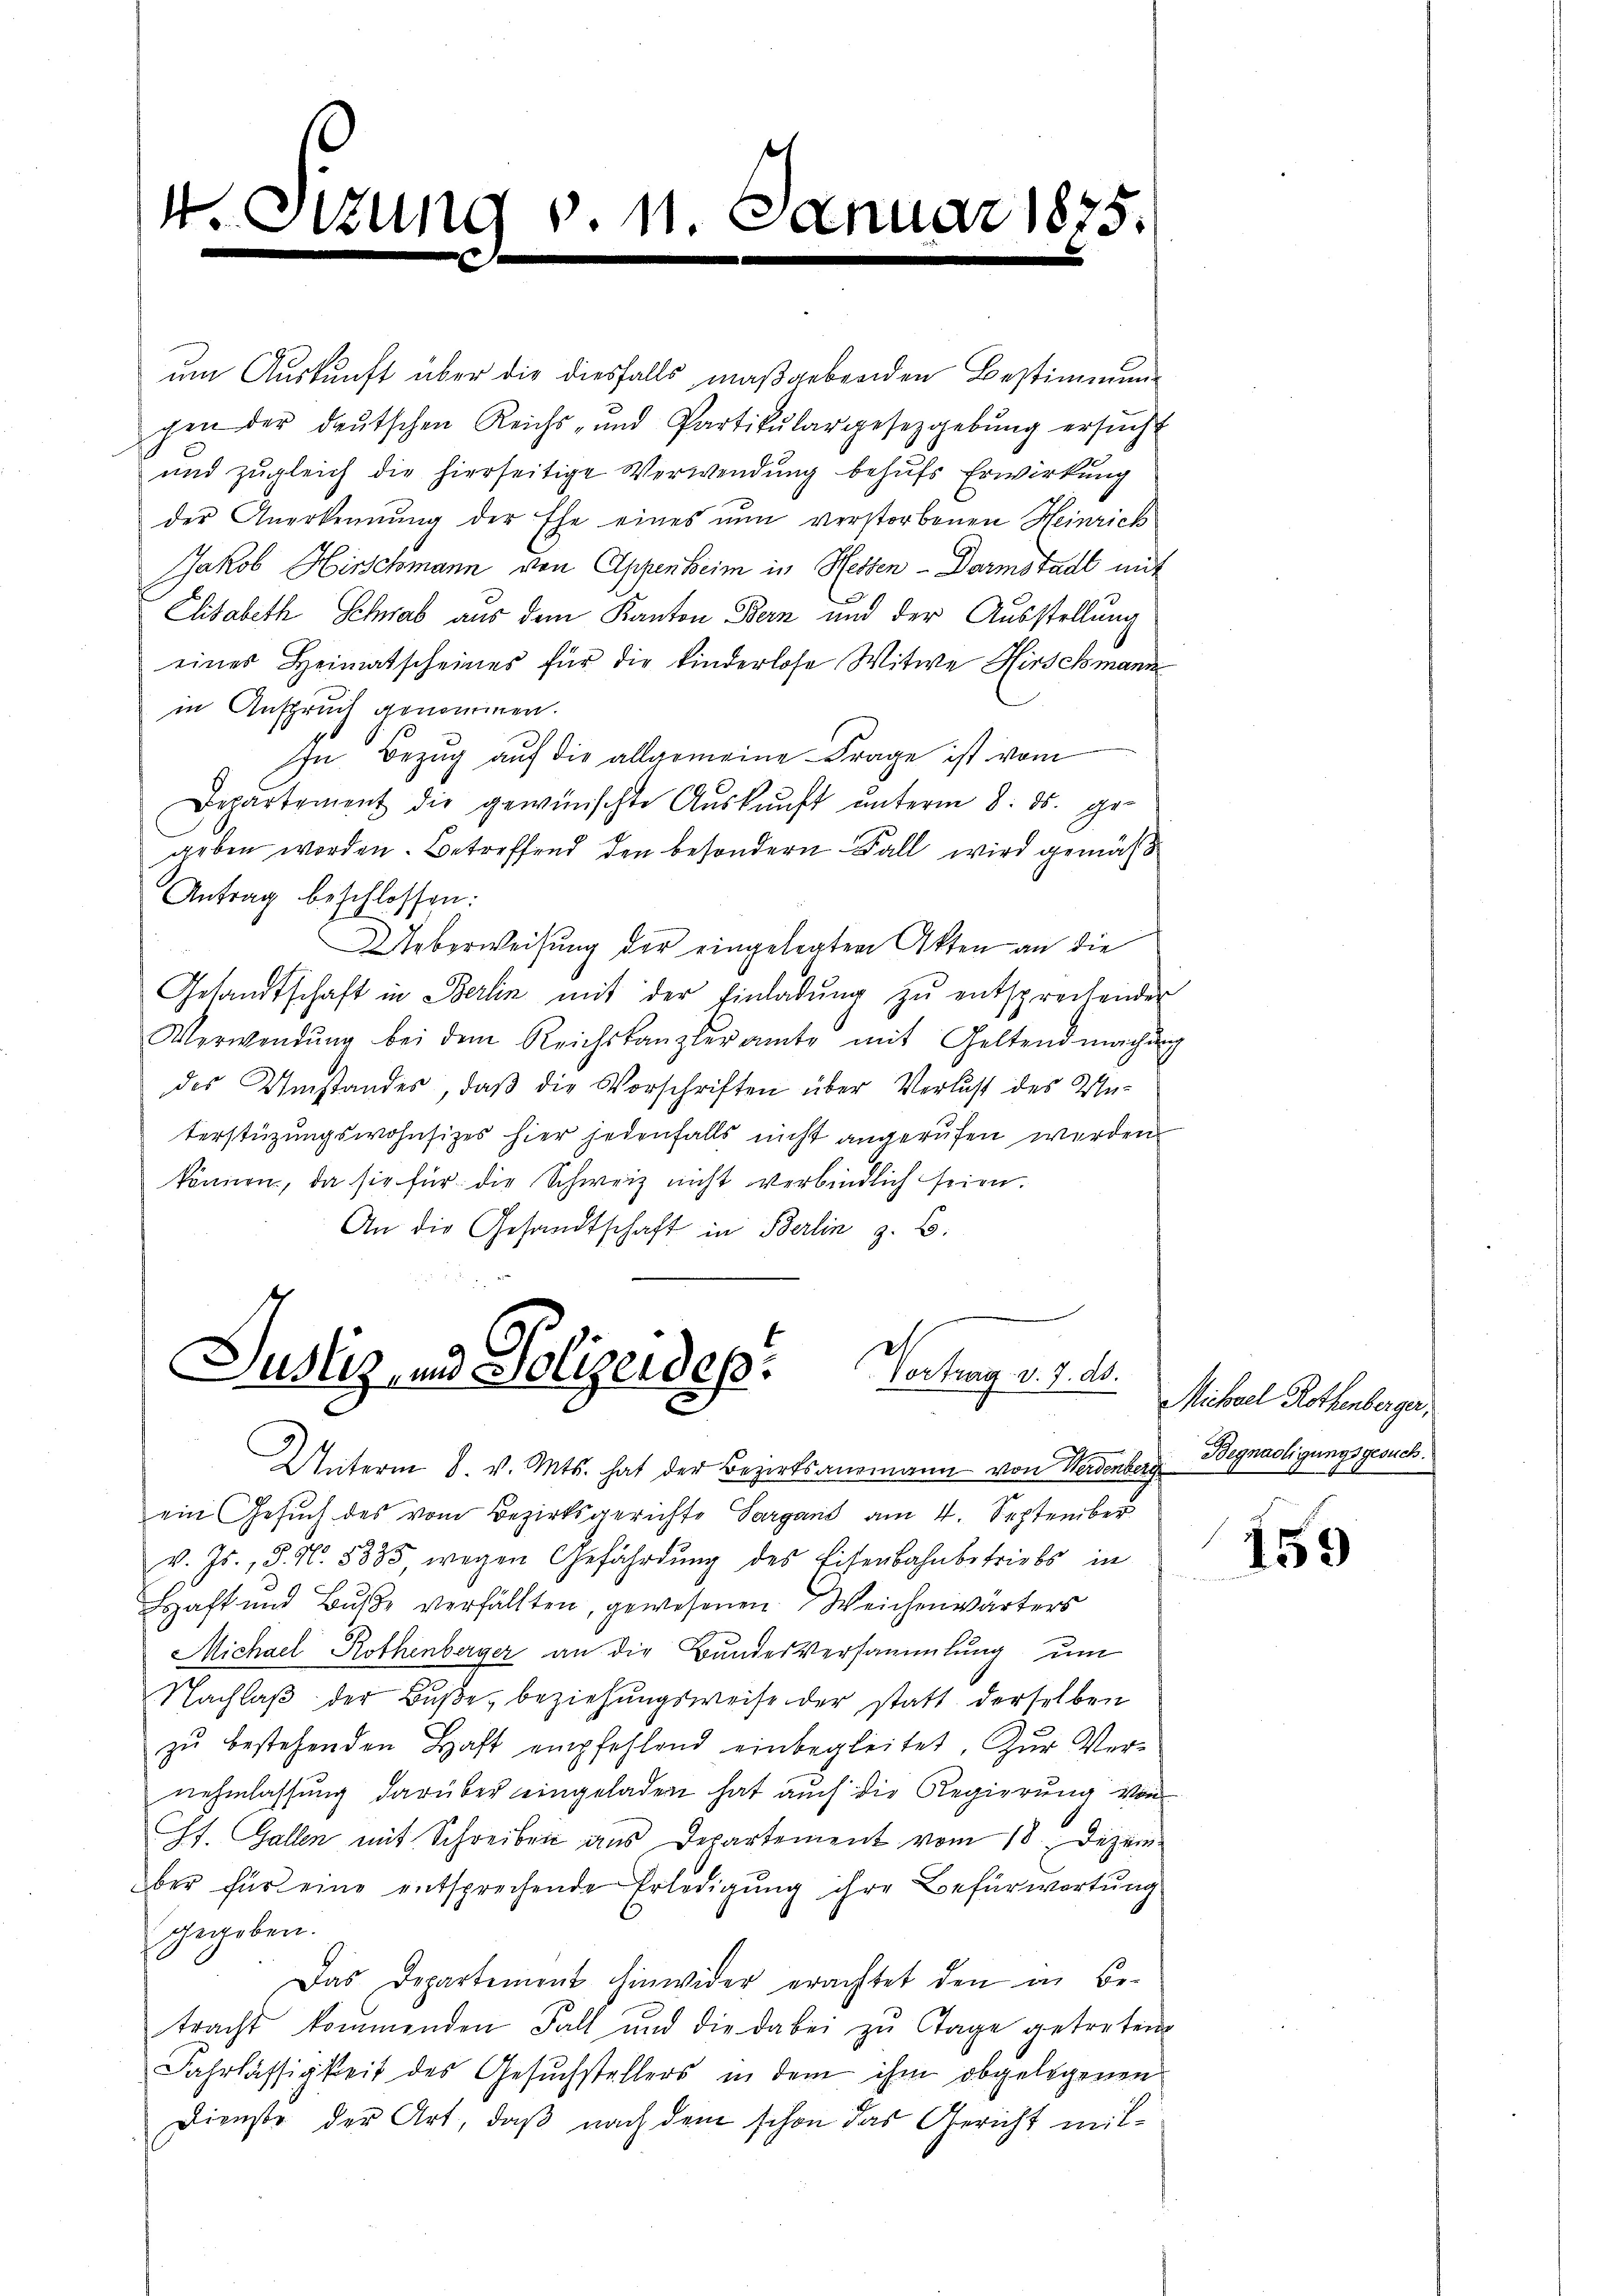
4

ttung v. 11. Januar 1875.
c

um Auskunft über die diesfalls maßgebenden Bestimmung
gen der deutschen Reichs- und Partikulargesetzgebŭng ersŭcht
und zugleich die hierseitige Verwendung behufs Erwirkung
der Anerkennung der Ehe eines nun verstorbenen Heinrich
JJakob Hirschmann von Appen beim in Hessen - Darmstadt mit
Elisabeth Schwab aus dem Kanton Bern und der Ausstellung
eines Heimatscheines für die Kinderlose Witwe Hirschmann
in Anspruch genommen.
In Bezug auf die allgemeine Frage ist vom
Departement die gewünschte Aŭskaŭft ŭnterm 8. ds. gegeben worden. Betreffend den besondern Fall wird gemäß
Antrag beschlossen:
Ueberweisung der eingelegten Akten an die
Gesandtschaft in Berlin mit der Einladŭng zŭ entsprechenden
Verwendŭng bei dem Reichskanzleramte mit Geltendmachung
des Umstandes, daβ die Vorschriften über Verlust des Un-
terstüzungswohnsizes hier jedenfalls nicht angerufen werden.
können, da sie für die Schweiz nicht verbindlich seien.
An die Gesandtschaft in Berlin z. B.

Justiz und Polizeidep
Vortrag v. 7. ds.

Unterm 8. v. Mts. hat der Bezirksanemann von Herdenberg
ein Gesuch des vom Bezirksgerichte Sargans am 4. September
v. Js., S. N. 5835 wegen Gefährdŭng des Eisenbahnbetriebs in
Haft und Buße verfällten, gewesenen Weichenwärters
Michael Rothenberger an die Bundesversammlung um
Nachlaß der Buße, beziehungsweise der statt derselben
zŭ bestehenden Haft empfehlend einbegleitet. Zŭr Ver-
nehmlassung darüber eingeladen hat auch die Regierung von
St. Gallen mit Schreiben aus Departement vom 18. Dezember für eine entsprechende Erledigung ihre Befürwortung
gegeben.
Das Departement Einwider erachtet den in Be-
tracht kommenden Fall und die dabei zŭ Tage getreten
Fahrlässigkeit des Gesuchstellers in dem ihm obgelegenen
Dienste der Art, daß nach dem schon das Gericht mit¬

Muiberl Rothenlagen,
Begnadigungsgesuch.

159